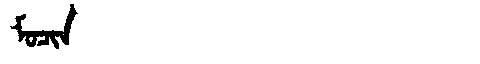
Manchu: ᠮᠣᠴᡳᠨ
Romanization: MOCIN